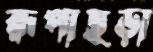
রূপাছড়া